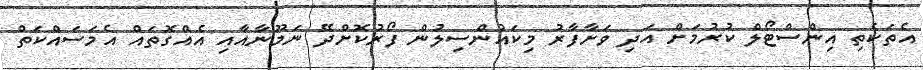
އެތަކެތި އިންސްޓޯލް ކުރުމަށް އަދި ވަށާފާރު މިކައުންސިލުން ފޯރުކޮށްދޭ ނަމޫނާއާއި އެއްގޮތައް އެމަސައްކަތް